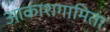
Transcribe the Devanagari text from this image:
आकाशगामिता